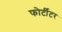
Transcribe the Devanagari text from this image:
फोर्टीटर